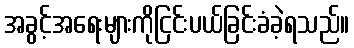
အခွင့်အရေးများကိုငြင်းပယ်ခြင်းခံခဲ့ရသည်။